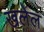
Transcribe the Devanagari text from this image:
खलेल